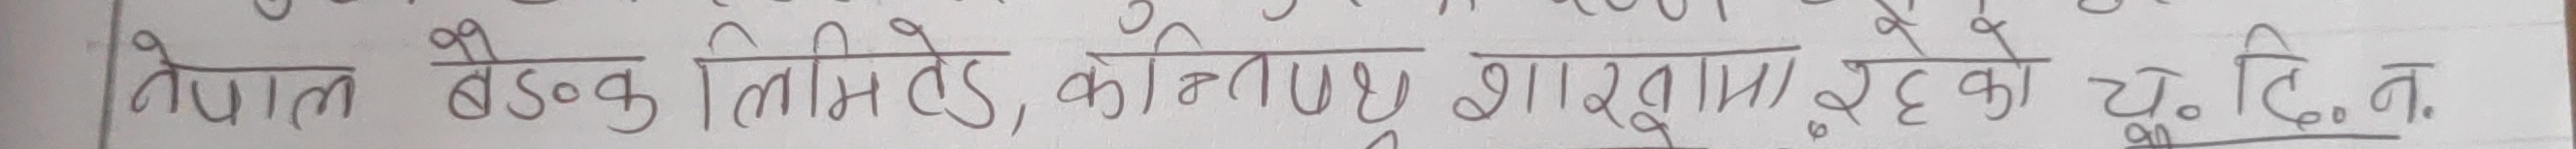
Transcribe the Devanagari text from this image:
नेपाल बैंक लिमिटेड, कान्तिपथ शाखामा रहेको ट. डि. न.